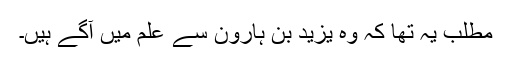
مطلب یہ تھا کہ وہ یزید بن ہارون سے علم میں آگے ہیں۔